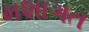
મશાગત